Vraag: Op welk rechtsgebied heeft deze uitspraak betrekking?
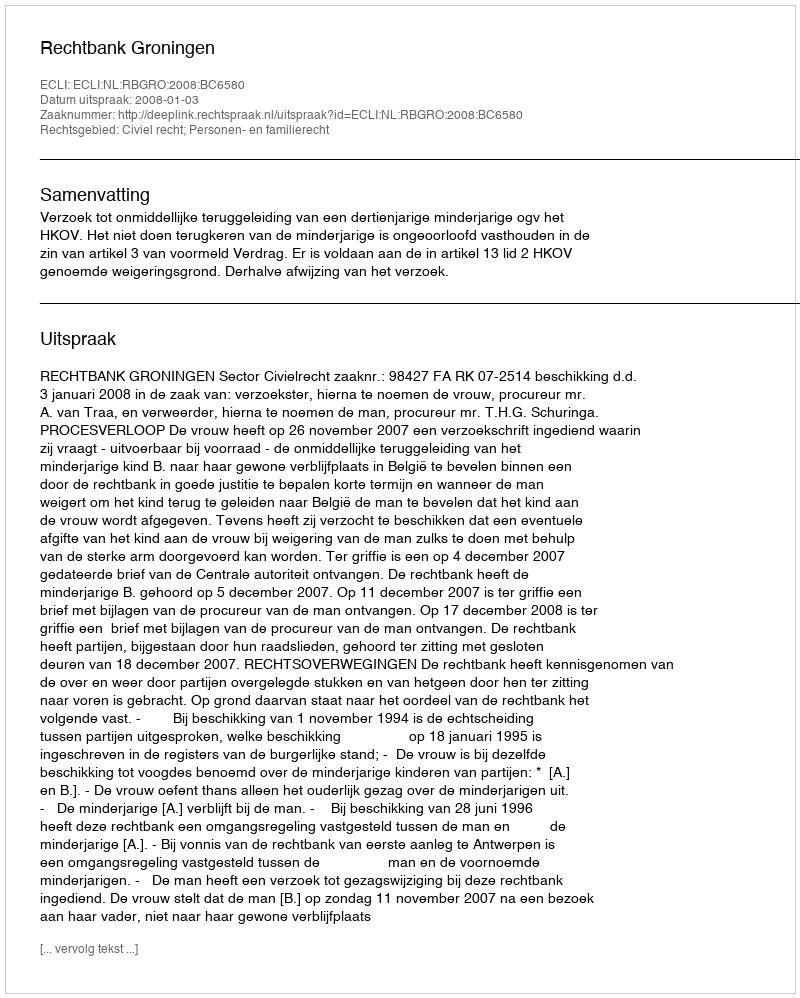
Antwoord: Civiel recht; Personen- en familierecht